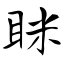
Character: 眯